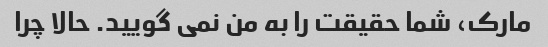
مارک، شما حقیقت را به من نمی گویید. حالا چرا